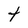
Character: t